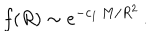
f ( R ) \sim e ^ { - c _ { 1 } \, M / R ^ { 2 } } \, .